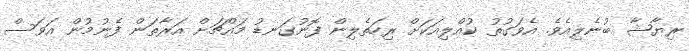
ރިޔާޝާ ބުނެލިއެވެ. އެވަގުތު ކުއްލިއަކަށް ރިހަތެލިން ފޮނުގަނޑު މައްޗަށް އަރާތަން ފެނުމުން އަވަސް